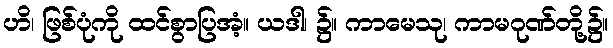
ဟိ၊ ဖြစ်ပုံကို ထင်စွာပြအံ့။ ယဒါ၊ ၌။ ကာမေသု၊ ကာမဂုဏ်တို့၌။